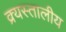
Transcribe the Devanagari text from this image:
क्र्यस्तालीय